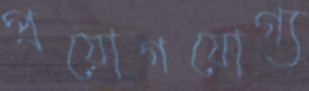
প্রয়োগযোগ্য